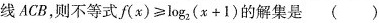
线ACB，则不等式$$f(x)≥log_{2|(x+1)$$的解集是( )